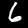
Digit: 6